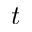
t